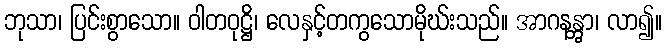
ဘုသာ၊ ပြင်းစွာသော။ ဝါတဝုဋ္ဌိ၊ လေနှင့်တကွသောမိုဃ်းသည်။ အာဂနန္တွာ၊ လာ၍။